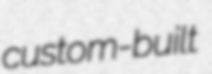
custom-built